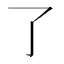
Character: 了